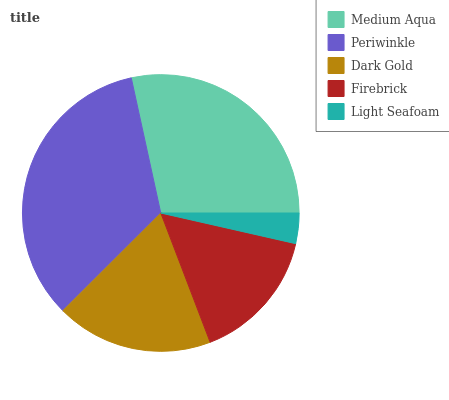
| Medium Aqua | Periwinkle | Dark Gold | Firebrick | Light Seafoam |
 | --- | --- | --- | --- | --- |
 | 28.5% | 34% | 18.3% | 15.6% | 3.55% |